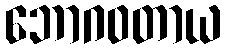
ဘောဂဝတာယ